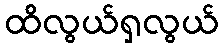
ထိလွယ်ရှလွယ်